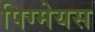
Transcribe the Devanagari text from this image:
पिग्मेयस